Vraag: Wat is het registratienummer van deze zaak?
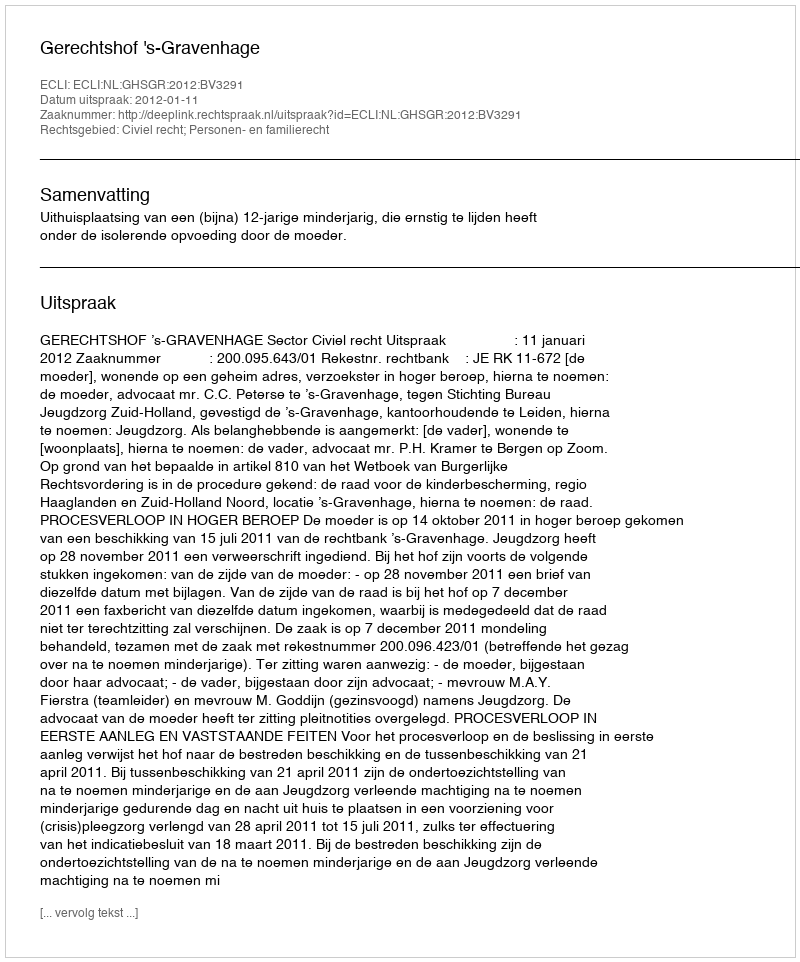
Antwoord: http://deeplink.rechtspraak.nl/uitspraak?id=ECLI:NL:GHSGR:2012:BV3291